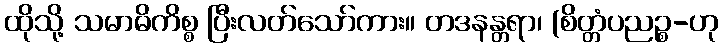
ထိုသို့ သမာဓိကိစ္စ ပြီးလတ်သော်ကား။ တဒနန္တရာ၊ (စိတ္တံပညဉ္စ-ဟု